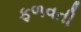
ફળવતી